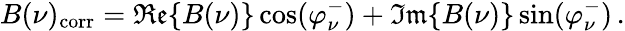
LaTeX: B(\nu)_{\mathrm{corr}}=\mathfrak{Re}\{ B(\nu)\} \, \mathrm{cos}(\varphi_{\nu}^{-})+\mathfrak{Im}\{ B(\nu)\} \, \mathrm{sin}(\varphi_{\nu}^{-})\, .